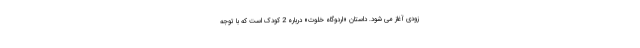
زودی آغاز می شود. داستان «اردوگاه خلوت» درباره 2 کودک است که با توجه